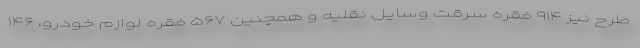
طرح نیز ۹۱۴ فقره سرقت وسایل نقلیه و همچنین ۵۶۷ فقره لوازم خودرو، ۱۴۶